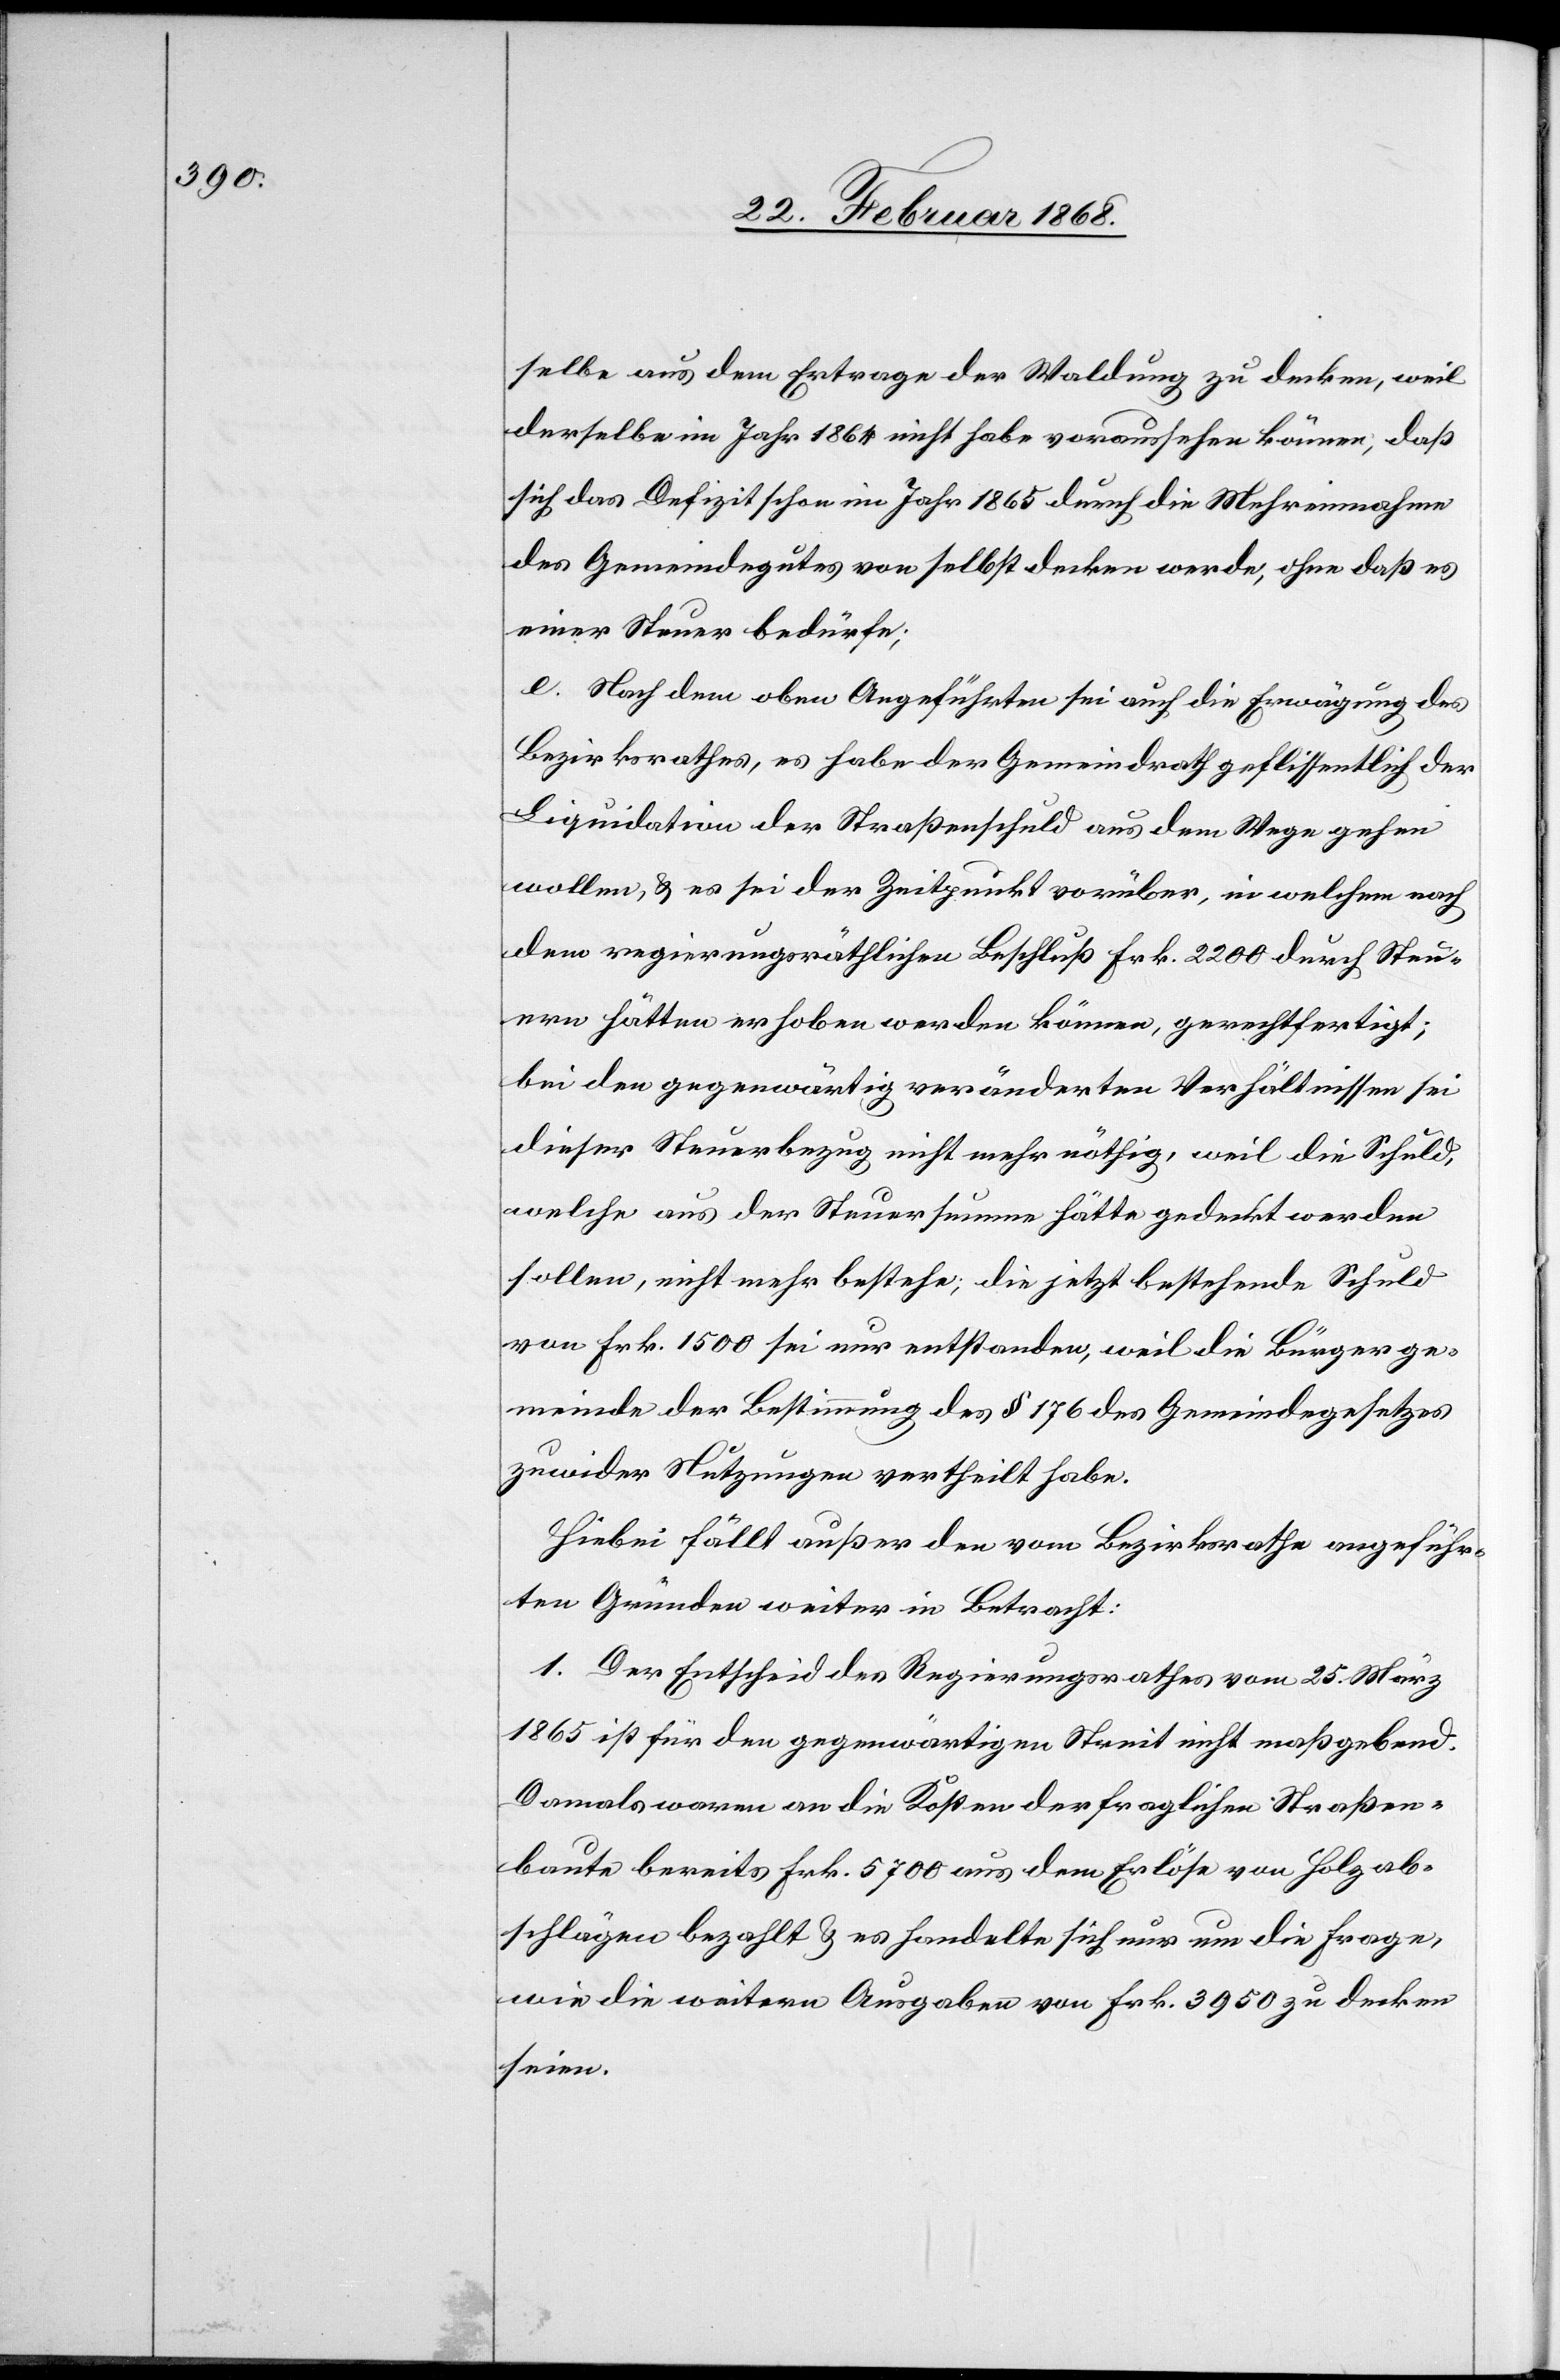
selbe aus dem Ertrage der Waldung zu decken, weil
derselbe im Jahr 1864 nicht habe voraussehen können, daß
sich das Defizit schon im Jahr 1865 durch die Mehreinnahme
des Gemeindegutes von selbst decken werde, ohne daß es
einer Steuer bedürfe;
e. Nach dem oben Angeführten sei auch die Erwägung des
Bezirksrathes, es habe der Gemeindrath geflissentlich der
Liquidation der Straßenschuld aus dem Wege gehen
wollen, & es sei der Zeitpunkt vorüber, in welchem nach
dem regierungsräthlichen Beschluß Frk. 2200 durch Steu¬
ern hätten erhoben werden können, gerechtfertigt;
bei den gegenwärtig veränderten Verhältnissen sei
dieser Steuerbezug nicht mehr nöthig, weil die Schuld,
welche aus der Steuersumme hätte gedeckt werden
sollen, nicht mehr bestehe; die jetzt bestehende Schuld
von Frk. 1500 sei nur entstanden, weil die Bürgerge¬
meinde der Bestimmung des § 176 des Gemeindegesetzes
zuwider Nutzungen vertheilt habe.
Hiebei fällt außer den vom Bezirksrathe angeführ¬
ten Gründen weiter in Betracht:
1. Der Entscheid des Regierungsrathes vom 25. März
1865 ist für den gegenwärtigen Streit nicht maßgebend.
Damals waren an die Kosten der fraglichen Straßen¬
baute bereits Frk. 5700 aus dem Erlöse von Holzab¬
schlägen bezahlt & es handelte sich nur um die Frage,
wie die weitern Ausgaben von Frk. 3950 zu decken
seien.